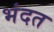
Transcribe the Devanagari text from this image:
भंदत